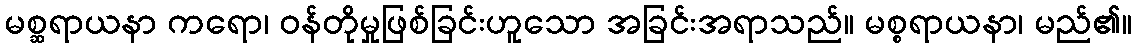
မစ္ဆရာယနာ ကရော၊ ဝန်တိုမှုဖြစ်ခြင်းဟူသော အခြင်းအရာသည်။ မစ္စရာယနာ၊ မည်၏။